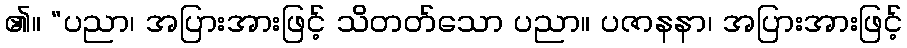
၏။ “ပညာ၊ အပြားအားဖြင့် သိတတ်သော ပညာ။ ပဇာနနာ၊ အပြားအားဖြင့်